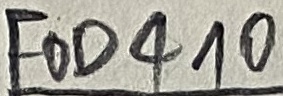
Text: FOD410